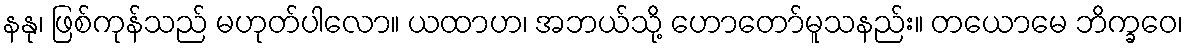
နနု၊ ဖြစ်ကုန်သည် မဟုတ်ပါလော။ ယထာဟ၊ အဘယ်သို့ ဟောတော်မူသနည်း။ တယောမေ ဘိက္ခဝေ၊